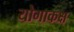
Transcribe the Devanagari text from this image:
योगाकक्ष